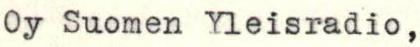
Oy Suomen Yleisradio,